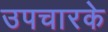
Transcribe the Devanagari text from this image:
उपचारके